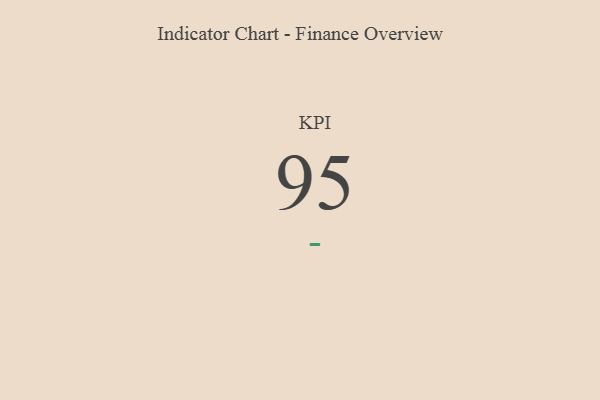
{"axis": {"x": "KPI", "y": "Value"}, "legend": [""], "data": [{"x": "KPI", "y": 95, "type": ""}]}